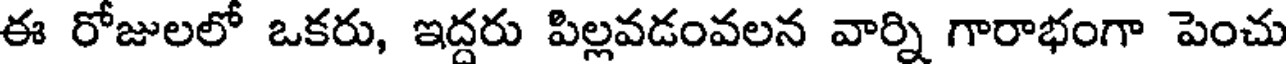
ఈ రోజులలో ఒకరు, ఇద్దరు పిల్లవడంవలన వార్ని గారాభంగా పెంచు